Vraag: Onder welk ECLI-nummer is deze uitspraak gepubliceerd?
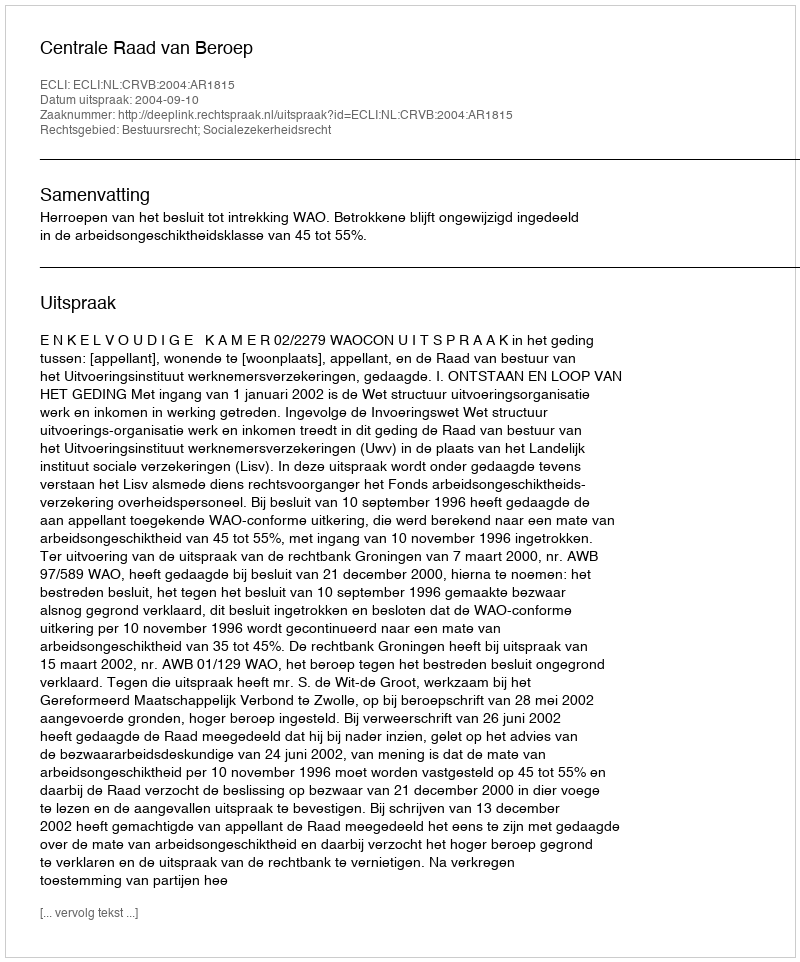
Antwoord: ECLI:NL:CRVB:2004:AR1815